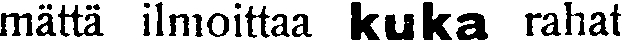
matta ilmoittaa kuka rahat